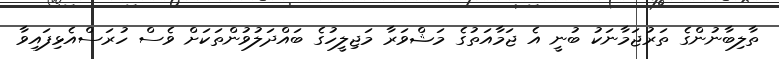
ތާލިބާނުންގެ ތަރުޖަމާނަކު ބުނީ އެ ޖަމާއަތުގެ މަޝްވަރާ މަޖިލީހުގެ ބައްދަލުވުންތަކަށް ވެސް ހުރަސްއެޅިފައިވާ